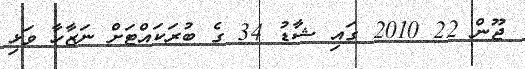
ޖޫން 22 2010 ގައި ޝާޑު 34 ގެ ބުރަކައްޓަށް ނަޒާހާ ވަޅި